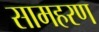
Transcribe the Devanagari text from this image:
सामहरण